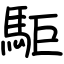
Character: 駏